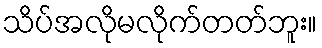
သိပ်အလိုမလိုက်တတ်ဘူး။